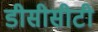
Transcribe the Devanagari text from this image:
डीसीसीटी